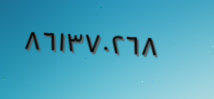
٨٦١٣٧٠٢٦٨